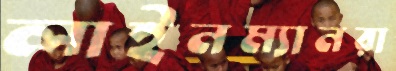
লাইনম্যানরা